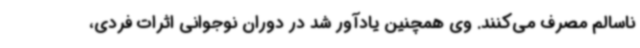
ناسالم مصرف می‌کنند. وی همچنین یادآور شد در دوران نوجوانی اثرات فردی،